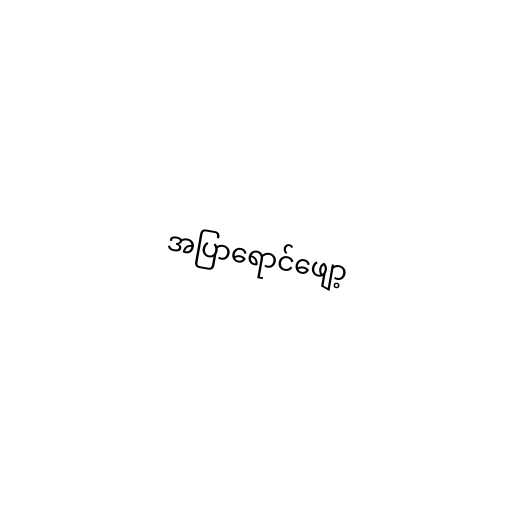
အပြာရောင်ဖျော့